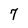
Character: 7